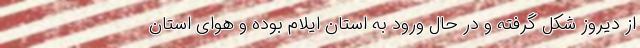
از دیروز شکل گرفته و در حال ورود به استان ایلام بوده و هوای استان